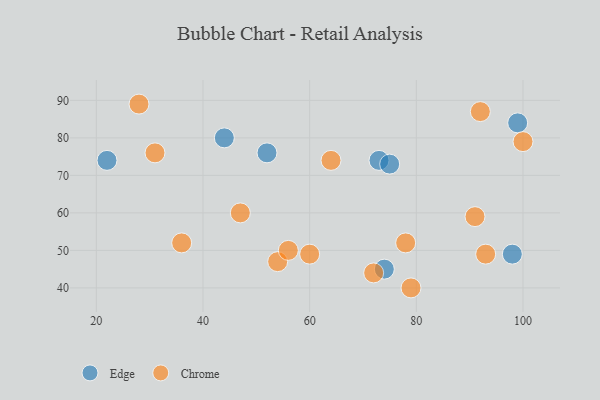
{"axis": {"x": "GDP", "y": "Life Expectancy"}, "legend": ["Chrome", "Edge"], "data": [{"x": "99", "y": 84, "type": "Edge"}, {"x": "22", "y": 74, "type": "Edge"}, {"x": "44", "y": 80, "type": "Edge"}, {"x": "98", "y": 49, "type": "Edge"}, {"x": "52", "y": 76, "type": "Edge"}, {"x": "74", "y": 45, "type": "Edge"}, {"x": "73", "y": 74, "type": "Edge"}, {"x": "75", "y": 73, "type": "Edge"}, {"x": "92", "y": 87, "type": "Chrome"}, {"x": "36", "y": 52, "type": "Chrome"}, {"x": "100", "y": 79, "type": "Chrome"}, {"x": "64", "y": 74, "type": "Chrome"}, {"x": "79", "y": 40, "type": "Chrome"}, {"x": "78", "y": 52, "type": "Chrome"}, {"x": "54", "y": 47, "type": "Chrome"}, {"x": "31", "y": 76, "type": "Chrome"}, {"x": "72", "y": 44, "type": "Chrome"}, {"x": "93", "y": 49, "type": "Chrome"}, {"x": "56", "y": 50, "type": "Chrome"}, {"x": "47", "y": 60, "type": "Chrome"}, {"x": "91", "y": 59, "type": "Chrome"}, {"x": "28", "y": 89, "type": "Chrome"}, {"x": "60", "y": 49, "type": "Chrome"}]}